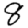
Digit: 8